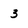
Character: 3